Report of the King Institute of Preventive Medicine, Guindy
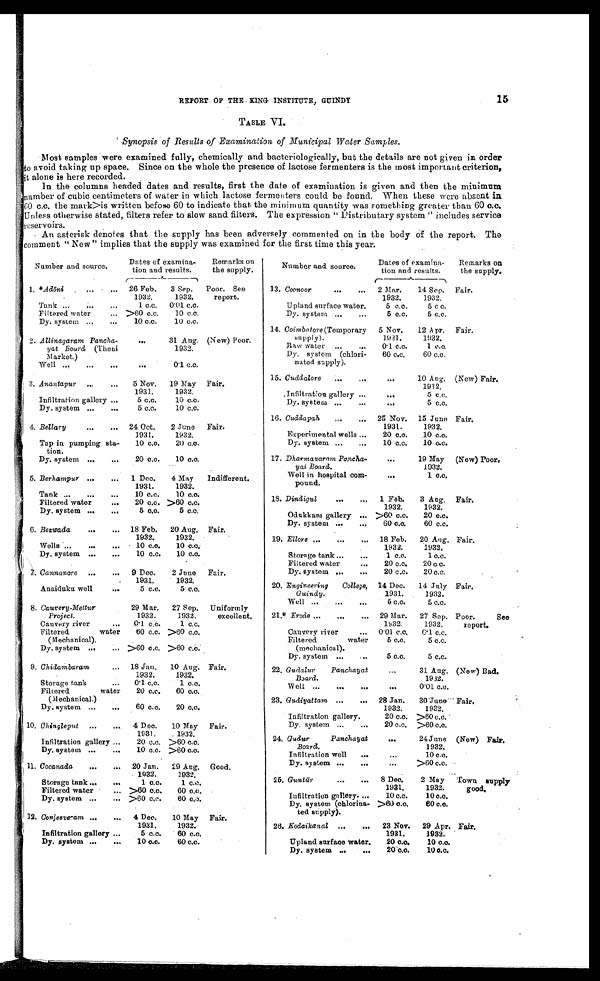
15
REPORT OF THE KING INSTITUTE, GUINDY
TABLE VI.
Synopsis of Results of Examination of Municipal Water Samples.
Most samples were examined fully, chemically and bacteriologically, but the details are not given in order
to avoid taking up space. Since on the whole the presence of lactose fermenters is the most important criterion,
it alone is here recorded.
In the columns headed dates and results, first the date of examination is given and then the minimum
number of cubic centimeters of water in which lactose fermenters could be found. When these were absent in
60 c.c. the mark>is written before 60 to indicate that the minimum quantity was something greater than 60 c.c.
Unless otherwise stated, filters refer to slow sand filters. The expression " Distributary system " includes service
reservoirs.
An asterisk denotes that the supply has been adversely commented on in the body of the report. The
comment "New " implies that the supply was examined for the first time this year.
Number and source.
Dates of examina-
tion and results.
Remarks on
the supply.
1. * Adōni
26 Feb.
1932.
3 Sep.
1932.
Poor. See
report.
Tank . . .
1 c.c.
0.01 c.c.
Filtered water . . .
>60 c.c.
10 c.c.
Dy. system . . .
10 c.c.
10 c.c.
2. Allinagaram Pancha-
yat Board
(Theni
Market.)
. . .
31 Aug.
1932.
(New) Poor.
Well . . .
. . .
0.1 c.c.
3. Anantapur . . .
5 Nov.
1931.
19 May
1932.
Fair.
Infiltration gallery . . .
5 c.c.
10 c.c.
Dy. system . . .
5 c.c.
10 c.c.
4. Bellary . . .
24 Oct.
1931.
2 June
1932.
Fair.
Tap in pumping sta-
tion.
10 c.c.
20 c.c.
Dy. system . . .
20 c.c.
10 c.c.
5. Berhampur . . .
1 Dec.
1931.
4 May
1932.
Indifferent.
Tank . . .
10 c.c.
10 c.c.
Filtered water . . .
20 c.c. >60 c.c.
Dy. system . . .
5 c.c.
5 c.c.
6. Bezwada . . .
18 Feb.
1932.
20 Aug.
1932.
Fair.
Wells . . .
10 c.c.
10 c.c.
Dy. system . . .
10 c.c.
10 c.c.
7. Cannanore . . .
9 Dec.
1931.
2 June
1932.
Fair.
Anaiduku well . . .
5 c.c.
5 c.c.
8. Cauvery-Mettur
Project .
29 Mar.
1932.
27 Sep.
1932.
Uniformly
excellent.
Cauvery river . . .
0 . 1
1 c.c.
Filtered water
(Mechanical).
60 c.c. >60 c.c.
Dy. system . . . >60 c.c. >60 c.c.
9. Chidambaram . . .
18 Jan.
1932.
10 Aug.
1932.
Fair.
Storage tank . . .
0.1 c.c.
1 c.c.
Filtered water
(Mechanical.)
20 c.c.
60 c.c.
Dy. system . . .
60 c.c.
20 c.c.
10. Chingleput . . .
4 Dec.
1931.
10 May
1932.
Fair .
Infiltration gallery . . .
20 c.c.
>60 c.c.
Dy. system . . .
10 c.c.
>60 c.c.
11. Cocanada . . .
20 Jan.
1932.
29 Aug.
1932.
Good.
Storage tank . . .
1 c.c.
1 c.c.
Filtered water . . . >60 c.c.
60 c.c.
Dy. system . . . >60 c.c.
60 c.c.
12. Conjeevram . . .
4 Dec.
1931,
10 May
1932.
Fair.
Infiltration gallery . . .
5 c.c.
60 c.c.
Dy. system . . .
10 c.c.
60 c.c.
Number and source.
Dates of examina-
tion and results.
Remarks on
the supply.
13. Coonoor . . .
2 Mar.
1932.
14 Sep.
1932.
Fair.
U pland surface water.
5 c.c.
5 c c.
Dy. system . . .
5 c.c.
5 c.c.
14. Coimbatore (Temporary
supply).
5 Nov.
1931.
12 Apr.
1932.
Fair.
Raw water . . .
0.1 c.c.
1 c.c.
Dy. system (chlori-
nated supply).
60 c.c.
60 c.c.
15. Cuddalore . . .
. . .
10 Aug.
1932.
(New) Fair.
Infiltration gallery . . .
. . .
5 c.c.
Dy. system . . .
. . .
5 c.c.
16. Cuddapah . . .
25 Nov.
1931.
15 June
1932.
Fair.
Experimental wells . . .
20 c.c.
10 c.c.
Dy. system . . .
10 c.c.
10 c.c.
17. Dharmavaram Pancha-
y a i B o a r d .
. . .
19 May
1932.
(New) Poor.
Well in hospital corn-
pound.
. . .
1 c.c.
18. Dindigul . . .
1 Feb.
1932.
3 Aug.
1932.
Fair.
Odukkam gallery . . .
>60 c.c.
20 c.c.
Dy. system . . .
60 c.c.
60 c.c.
19. Ellore . . .
18 Feb.
1932.
20 Aug.
1932.
Fair.
Storage tank . . .
1 c.c.
1 c.c.
.
Filtered water . . .
20 c.c.
20 c.c.
Dy. system . . .
20 c.c.
20 c.c.
20. Engineering College,
Guindy.
14 Dec.
1931.
14 July
1932.
Fair.
Well . . .
5 c.c.
5 c.c.
21.* Erode . . .
29 Mar.
1932.
27 Sep.
1932.
Poor. See
report.
Cauvery river . . .
0.01 c.c.
0.1 c.c.
Filtered water
(mechanical).
5 c.c.
5 c.c.
Dy. system . . .
5 c.c.
5 c.c.
22. Gudalur Panchayat
Board.
. . . 31 Aug.
1932.
(New) Bad.
Well . . .
. . . 0.01. c.c.
23. Gudiyattam . . .
28 Jan.
1932.
30 June
1932.
Fair.
Infiltration gallery.
20 c.c.
>60 c.c.
Dy. system . . .
20 c.c.
>60 c.c.
24. Gludur Panchayat
Board.
. . .
24 June
1932.
(New)
Fair.
Infiltration well . . .
. . .
10 c.c.
D y. system . . .
. . . >60 c.c.
25. Guntū r . . .
8 Dec.
1931.
2 May
1932.
Town supply
good.
Infiltration gallery . . .
10 c.c.
10 c.c.
Dy. system (chlorina-
ted supply).
>60 c.c.
60 c.c.
26. Kodaikanal . . .
23 Nov.
1931.
29 Apr.
1932.
Fair.
Upland surface water.
20 c.c.
10 c.c.
Dy. system . . .
20 c.c.
10 c.c.